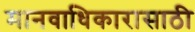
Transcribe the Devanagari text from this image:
मानवाधिकारासाठी